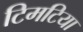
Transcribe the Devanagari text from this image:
टिमटिया